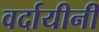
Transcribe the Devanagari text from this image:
वर्दायीनी